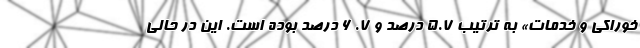
خوراکی و خدمات» به ترتیب ٥.٧ درصد و ٧. ٦ درصد بوده است. این در حالی